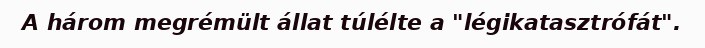
A három megrémült állat túlélte a "légikatasztrófát".